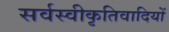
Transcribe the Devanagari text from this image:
सर्वस्वीकृतिवादियों